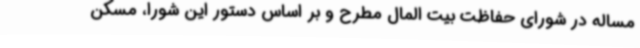
مساله در شورای حفاظت بیت المال مطرح و بر اساس دستور این شورا، مسکن